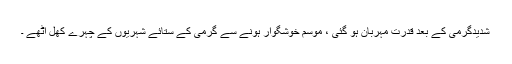
شدیدگرمی کے بعد قدرت مہربان ہو گئی ، موسم خوشگوار ہونے سے گرمی کے ستائے شہریوں کے چہرے کھل اٹھے ۔